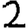
Digit: 2